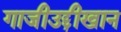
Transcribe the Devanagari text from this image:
गाजीउद्दीखान